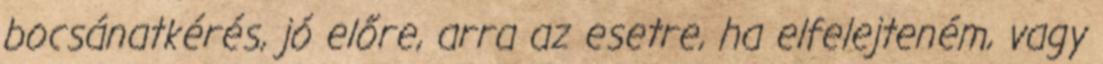
bocsánatkérés, jó előre, arra az esetre, ha elfelejteném, vagy